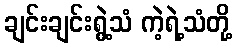
ချင်းချင်းရွဲ့သံ ကဲ့ရဲ့သံတို့